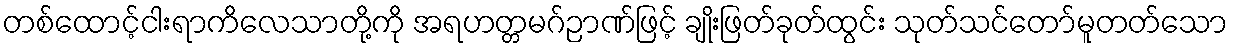
တစ်ထောင့်ငါးရာကိလေသာတို့ကို အရဟတ္တမဂ်ဉာဏ်ဖြင့် ချိုးဖြတ်ခုတ်ထွင်း သုတ်သင်တော်မူတတ်သော